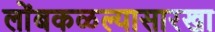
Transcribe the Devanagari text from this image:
लोंबकळल्यासारखा